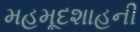
મહમૂદશાહની